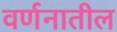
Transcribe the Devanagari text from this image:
वर्णनातील